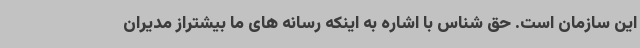
این سازمان است. حق شناس با اشاره به اینکه رسانه های ما بیشتراز مدیران